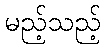
မည့်သည့်